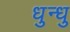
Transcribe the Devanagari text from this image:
धुन्धु